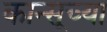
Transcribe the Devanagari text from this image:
कान्सूच्या